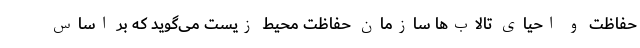
حفاظت و احیای تالاب‌ها سازمان حفاظت محیط زیست می‌گوید که بر اساس